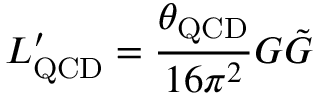
L _ { \mathrm { Q C D } } ^ { \prime } = { \frac { \theta _ { \mathrm { Q C D } } } { 1 6 \pi ^ { 2 } } } G \Tilde { G }